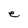
Character: e